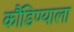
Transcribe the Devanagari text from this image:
कौंडिण्याला